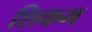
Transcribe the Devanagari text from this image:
शिकम